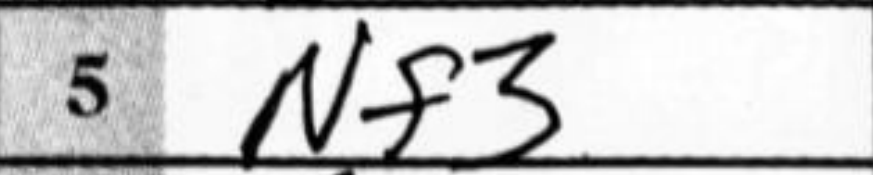
Transcription: Nf3